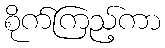
စိုက်ကြည့်ကာ